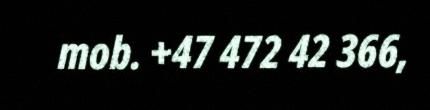
mob. +47 472 42 366,